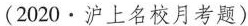
(2020·沪上名校月考题)